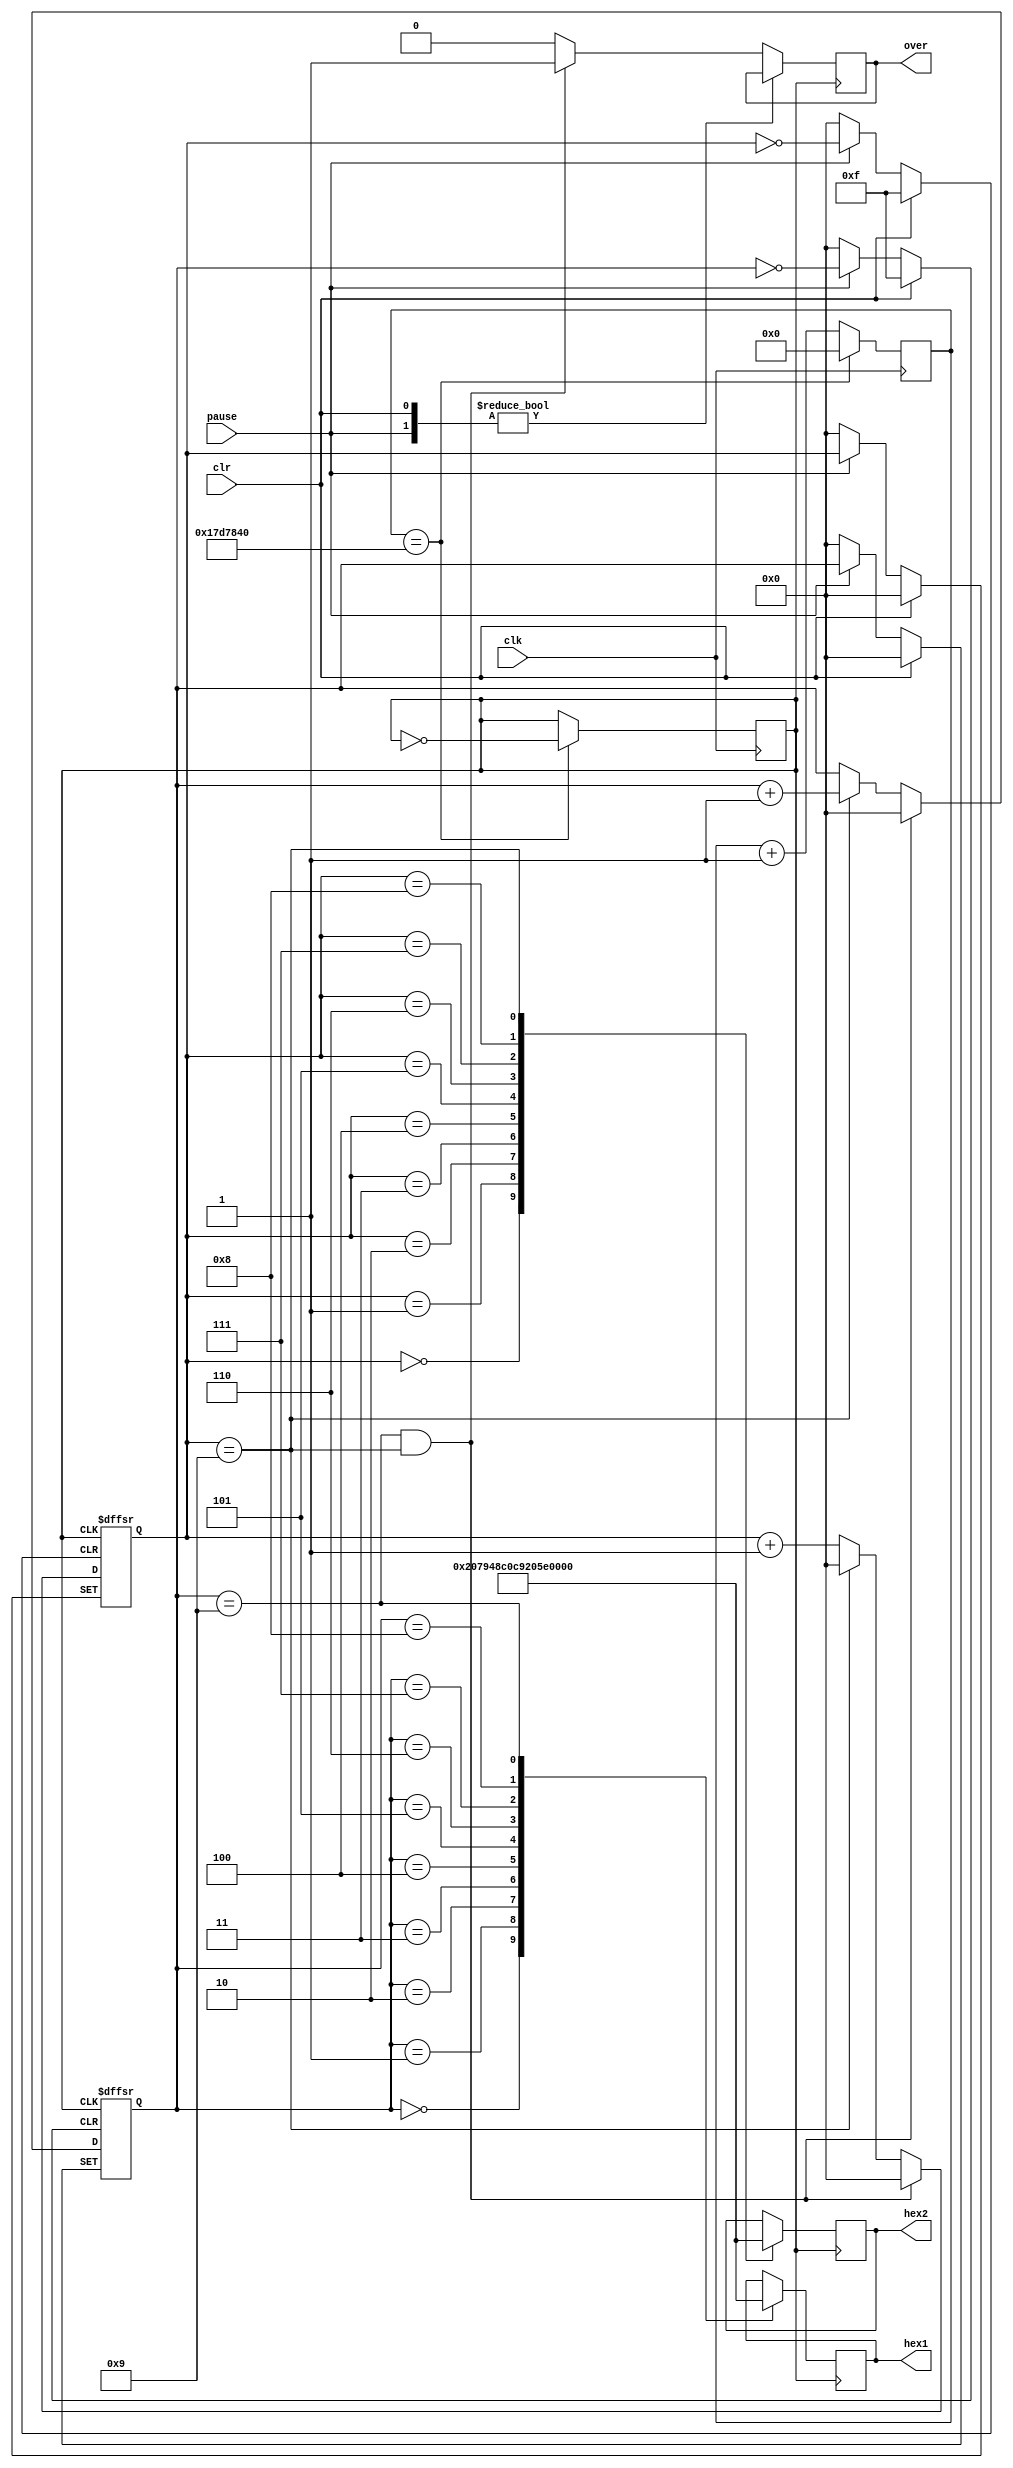
module stopwatch(clk, pause, clr, over, hex1, hex2);
	input clk, pause, clr;
	reg clk_1s;
	reg [3:0] out_1 = 0, out_2 = 0;
	output reg over;
	output reg [6:0] hex1, hex2;
	reg [24:0] count_clk = 0;
	
	initial over = 0;
	initial clk_1s = 1;
	initial hex1 = 7'b1111111;
	initial hex2 = 7'b1111111;
	
	always @(posedge clk)
		if(count_clk==25000000)
		begin
			count_clk <=0;
			clk_1s <= ~clk_1s;
		end
		else
			count_clk <= count_clk+1;
	
	always @(posedge clk_1s or posedge clr or posedge pause)
		if (clr)
		begin
			out_1 <= 0;
			out_2 <= 0;
		end
		else if (pause)
		begin
			out_1 <= out_1;
			out_2 <= out_2;
		end
		else
		begin
			if (out_1 == 9 && out_2 == 9)
			begin
				out_1 <= 0;
				out_2 <= 0;
				over <= 1;
			end
			else if (out_2 == 9)
			begin
				out_1 <= out_1 + 1;
				out_2 <= 0;
				over <= 0;
			end
			else
			begin
				out_2 <= out_2 + 1;
				over <= 0;
			end
		end
		
	always @(posedge clk_1s)
		case(out_1)
			0: hex1 <= 7'b1000000;
			1: hex1 <= 7'b1111001;
			2: hex1 <= 7'b0100100;
			3: hex1 <= 7'b0110000;
			4: hex1 <= 7'b0011001;
			5: hex1 <= 7'b0010010;
			6: hex1 <= 7'b0000010;
			7: hex1 <= 7'b1111000;
			8: hex1 <= 7'b0000000;
			9: hex1 <= 7'b0010000;
		endcase
	
	always @(posedge clk_1s)
		case(out_2)
			0: hex2 <= 7'b1000000;
			1: hex2 <= 7'b1111001;
			2: hex2 <= 7'b0100100;
			3: hex2 <= 7'b0110000;
			4: hex2 <= 7'b0011001;
			5: hex2 <= 7'b0010010;
			6: hex2 <= 7'b0000010;
			7: hex2 <= 7'b1111000;
			8: hex2 <= 7'b0000000;
			9: hex2 <= 7'b0010000;
		endcase
endmodule